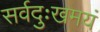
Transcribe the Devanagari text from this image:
सर्वदुःखमयं